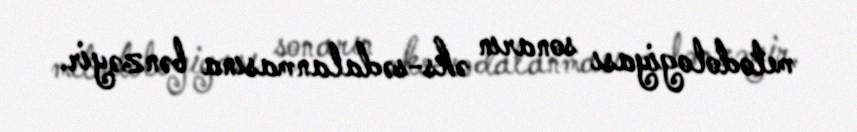
metodologiyası sonarın əks-sədalanmasına bənzəyir.